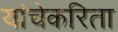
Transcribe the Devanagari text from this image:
यांचेकरिता